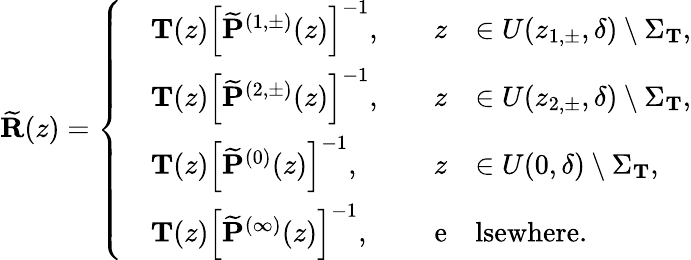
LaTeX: \widetilde{\mathbf{R}}(z)=\left\{ \begin{array}{rlrl}&{\mathbf{T}(z)\left[\widetilde{\mathbf{P}}^{(1,\pm)}(z)\right]^{-1},\quad}&{z}&{\in U(z_{1,\pm},\delta)\setminus\Sigma_{\mathbf{T}},}\\ &{\mathbf{T}(z)\left[\widetilde{\mathbf{P}}^{(2,\pm)}(z)\right]^{-1},\quad}&{z}&{\in U(z_{2,\pm},\delta)\setminus\Sigma_{\mathbf{T}},}\\ &{\mathbf{T}(z)\left[\widetilde{\mathbf{P}}^{(0)}(z)\right]^{-1},\quad}&{z}&{\in U(0,\delta)\setminus\Sigma_{\mathbf{T}},}\\ &{\mathbf{T}(z)\left[\widetilde{\mathbf{P}}^{(\infty)}(z)\right]^{-1},\quad}&{\mathrm{e}}&{\mathrm{lsewhere}.}\end{array}\right.